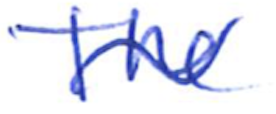
Text: The
Cross-out: wave
Writing tool: ballpoint